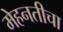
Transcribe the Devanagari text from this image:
मेहनतीचा